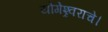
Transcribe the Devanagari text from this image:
योगेश्र्वराचे।